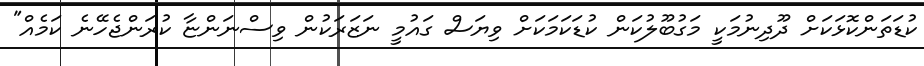
ކުޑަތަންކޮޅަކަށް ދޫދިނުމަކީ މަގުބޫލުކަން ކުޑަކަމަކަށް ވިޔަސް ގައުމީ ނަޒަރަކުން ވިސްނަންޏާ ކުރަންޖެހޭނެ ކަމެއް"